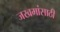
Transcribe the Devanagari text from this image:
जखमांसाठी